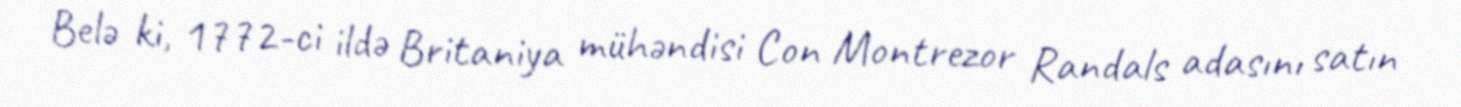
Belə ki, 1772-ci ildə Britaniya mühəndisi Con Montrezor Randals adasını satın